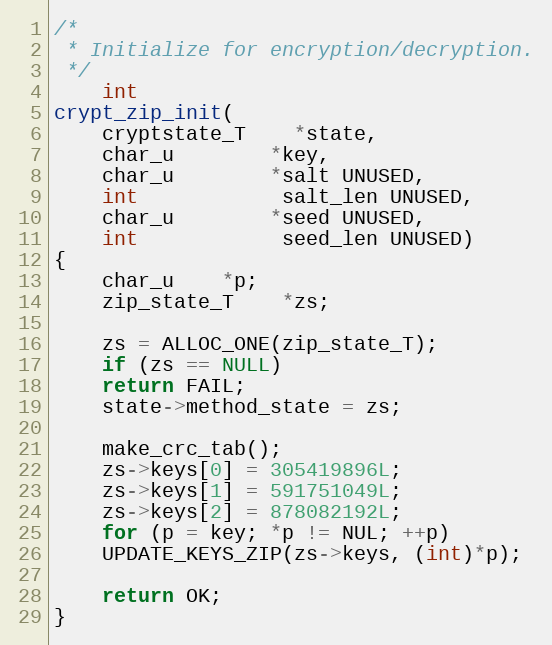
Language: C
/*
 * Initialize for encryption/decryption.
 */
    int
crypt_zip_init(
    cryptstate_T    *state,
    char_u	    *key,
    char_u	    *salt UNUSED,
    int		    salt_len UNUSED,
    char_u	    *seed UNUSED,
    int		    seed_len UNUSED)
{
    char_u	*p;
    zip_state_T	*zs;

    zs = ALLOC_ONE(zip_state_T);
    if (zs == NULL)
	return FAIL;
    state->method_state = zs;

    make_crc_tab();
    zs->keys[0] = 305419896L;
    zs->keys[1] = 591751049L;
    zs->keys[2] = 878082192L;
    for (p = key; *p != NUL; ++p)
	UPDATE_KEYS_ZIP(zs->keys, (int)*p);

    return OK;
}